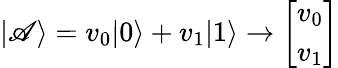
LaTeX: |\mathscr{A}\rangle=v_{0}|0\rangle+v_{1}|1\rangle\rightarrow{\left[\begin{array}{l}{v_{0}}\\ {v_{1}}\end{array}\right]}